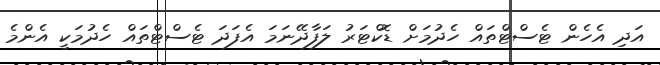
އަދި އެހެން ޓެސްޓްތައް ހެދުމަށް ޑޮކްޓަރު ލަފާދޭނަމަ އެފަދަ ޓެސްޓްތައް ހެދުމަކީ އެންމެ